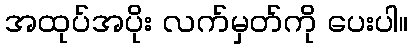
အထုပ်အပိုး လက်မှတ်ကို ပေးပါ။